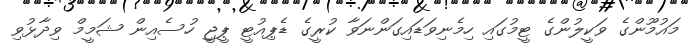
މައުމޫންގެ ވަކީލުންގެ ޓީމުގައި ހިމެނިވަޑައިގަންނަވާ ކުރީގެ ޑެޕިއުޓީ ޕީޖީ ހުސެއިން ޝަމީމް ވިދާޅުވި